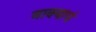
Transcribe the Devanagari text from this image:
नाक्याचं